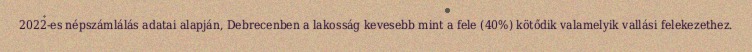
2022-es népszámlálás adatai alapján, Debrecenben a lakosság kevesebb mint a fele (40%) kötődik valamelyik vallási felekezethez.